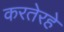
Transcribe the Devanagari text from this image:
करतेरहे